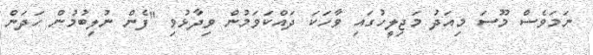
ނަމަވެސް މޫސަ މިއަދު މަޖިލީހުގައި ވާހަކަ ދައްކަވަމުން ވިދާޅުވި "ފެން ނުލިބުމުން ހަދަން